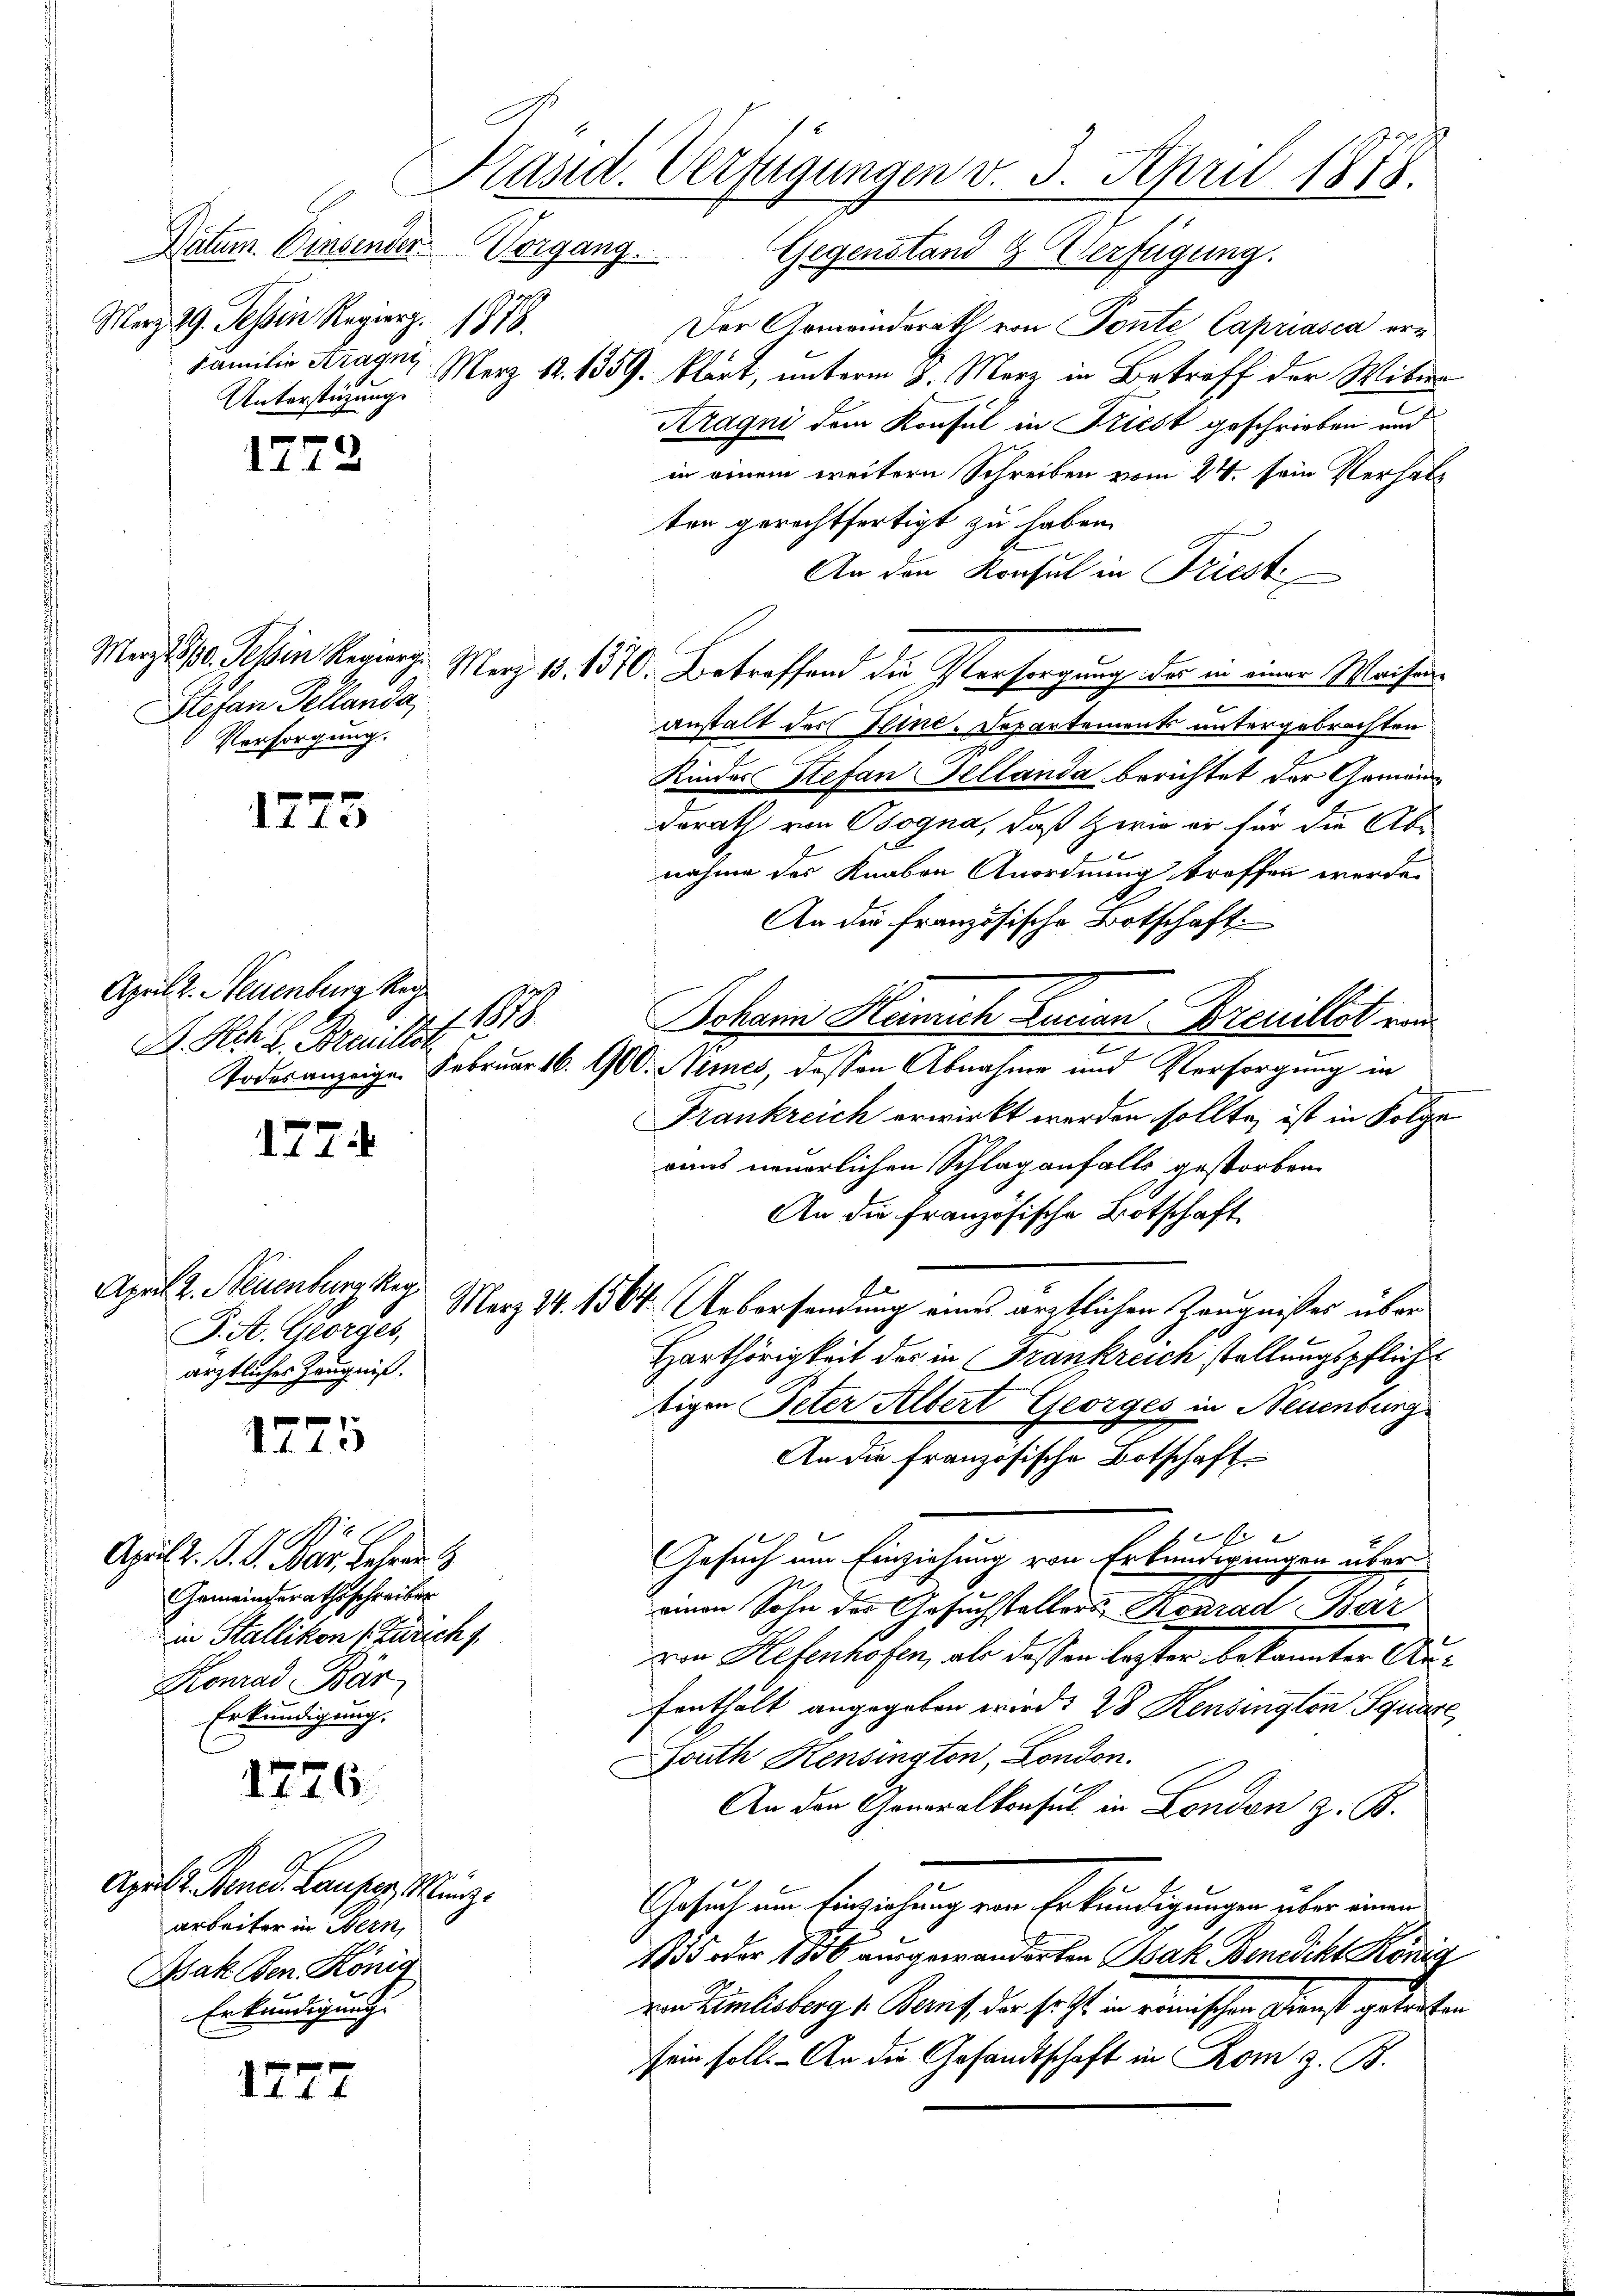
Datum. Einsender
Merz 29. Tessin Regierz 1879.
Unterstüzung.

Stefan Tellanda
Vorsorgung.

April 2. Neuenburg Reg
119
D. Hch. l. Breiller

J. A. Georges,
ärztliches Zeugniß.

1776.

1775

1773

1775

e
1714

1777

Der Armeinderath von Ponte Capriasca er¬
Familie Kragny, Merz 12. 1359. klärt, unterm 8. März in Betreff der Witwe
Aragni dem Konsul in Friest geschrieben und
in einem weitern Schreiben vom 24. sein Verhalten gerechtfertigt zu haben.
An den Konsul in Triest.
Marzt 510. Tessin Regieng. Merz 18. 1370. Betreffend die Versorgung der in einer Waisenanstalt des Hinc-Departements untergebrachten
Kindes Stefan Fellanda berichtet der Gemeins
derath von Obogna, daß wie er für die Ab-
nahme des Knaben Anordnung stroffen werde.
An die französische Botschaft
Johann Hemich Lucian Breuillit und
Todesanzeige. Februar 16. 900. Nimes dessen Abnahme und Versorgung in
Fränkreich erwirkt werden sollte, ist in Folge
ains neuerlichen Schlag anfalls gestorben.
An die französische Botschaft
April 2. Neuenburg kg März 24. 1564. Uebersendung eines ärztlichen Zeugnißes über
Harthörigkeit des in Frankreich stellungspflich
tigen Peter Altert Georges in Neuenburg
An die französische Botschaft.
t
A.
Gesuch um Einziehung von Erkundigungen über
.
einen Sohn des Gesuchstellers Konrad Bar
von Hefenhofen, als daß en laster bekannter Aufenthält angegeben wird. 28 Kensington Square
srath Hensington, London.
An den Generalkonsul in London z. B.
Gesuch um Einziehung von Erkundigungen über einen
135 oder 1856 ausgewanderten Isak Benedikt König
von Kindesberg i. Beruf, der so ist in einischen Dienst getreten
sein soll. - An die Gesandtschaft in Rom z. B.

April d. J. J. Bar. Lehren
Gemeindesrathsschreiben
in Stallikon (Zürich
Konrad Bär
Erkundigung.

April l. Stend. Laufer, Münzarbeiter in Bern,
Aak Ben. König
Erkundigung.

Präsid. Verfügungen v. 3. April 1878.
Vorgang. Gegenstand 8 Verfügung.